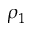
\rho _ { 1 }